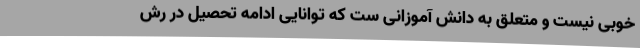
خوبی نیست و متعلق به دانش آموزانی ست که توانایی ادامه تحصیل در رش